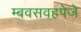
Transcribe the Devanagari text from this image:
म्बवसवहपेजे